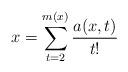
LaTeX: \begin{align*}x = \sum_{t=2}^{m(x)} \frac{a(x,t)}{t!}\end{align*}